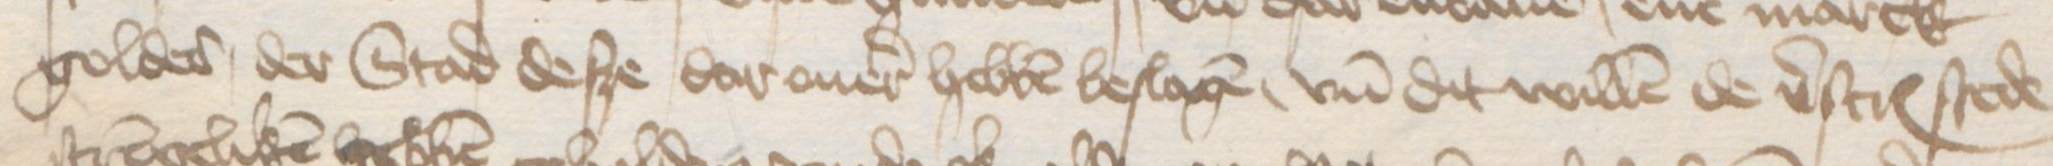
Transcription: goldes der Stad desze dar ouer hebben beslagen, vnd dit willen de verscreuenen stede